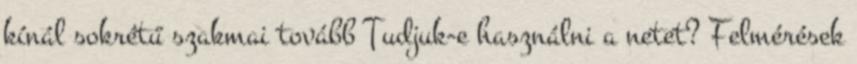
kínál sokrétű szakmai tovább Tudjuk-e használni a netet? Felmérések